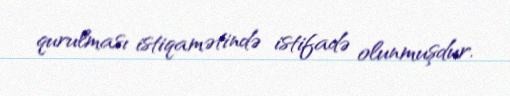
qurulması istiqamətində istifadə olunmuşdur.